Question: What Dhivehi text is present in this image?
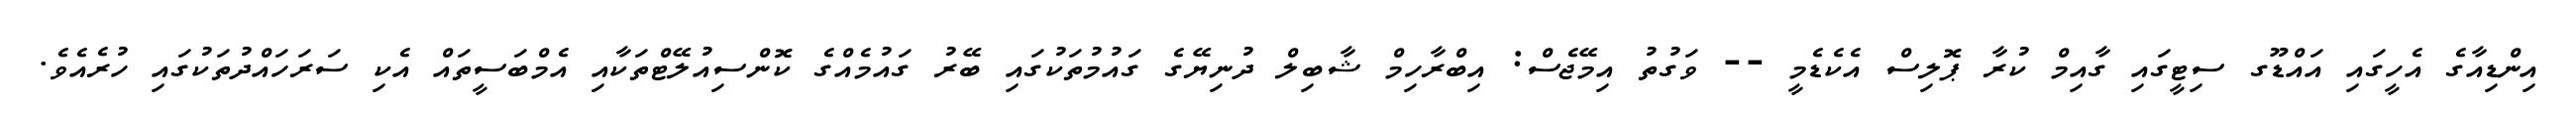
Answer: އިންޑިއާގެ އެހީގައި އައްޑޫގ ސިޓީގައި ގާއިމް ކުރާ ޕޮލިސް އެކެޑެމީ -- ވަގުތު އިމޭޖެސް: އިބްރާހިމް ޝާބިލް ދުނިޔޭގެ ގައުމުތަކުގައި ބޭރު ގައުމެއްގެ ކޮންސިއުލޭޓްތަކާއި އެމްބަސީތައް އެކި ސަރަހައްދުތަކުގައި ހުރެއެވެ.